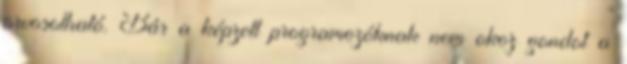
orvosolható. Bár a képzett programozóknak nem okoz gondot a